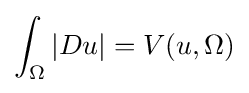
\int _{\Omega }\vert Du\vert =V(u,\Omega )